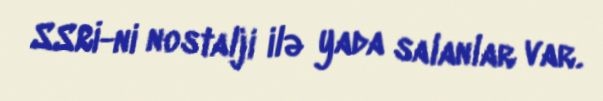
SSRİ-ni nostalji ilə yada salanlar var.